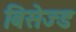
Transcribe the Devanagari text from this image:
बिसेज्ड